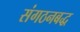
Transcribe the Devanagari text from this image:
संगठनबद्ध